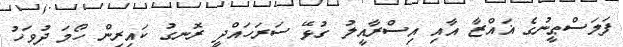
ފަލަސްޠީނުގެ ޣައްޒާ އާއި އިސްރާއީލު ގުޅޭ ސަރަހައްދީ ރޮނގު ކައިރިން ހޯމަ ދުވަހު